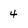
Character: 4